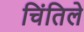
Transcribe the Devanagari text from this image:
चिंतिले